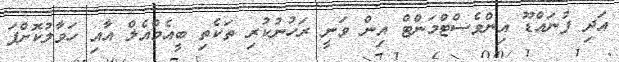
އަދި ފުނައްޑޫ އިންވެސްޓްމަންޓް އިން ވަނީ ރަހުނުކުރި ތަކެތި ބީއެމްއެލް އާއި ހަވާލުކޮށްފަ